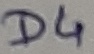
Text: D4